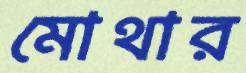
মোথার